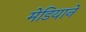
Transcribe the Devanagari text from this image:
मेडियाने